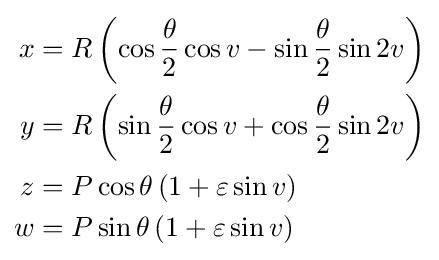
{\begin{aligned}x&=R\left(\cos {\frac {\theta }{2}}\cos v-\sin {\frac {\theta }{2}}\sin 2v\right)\\y&=R\left(\sin {\frac {\theta }{2}}\cos v+\cos {\frac {\theta }{2}}\sin 2v\right)\\z&=P\cos \theta \left(1+\varepsilon \sin v\right)\\w&=P\sin \theta \left(1+{\varepsilon }\sin v\right)\end{aligned}}